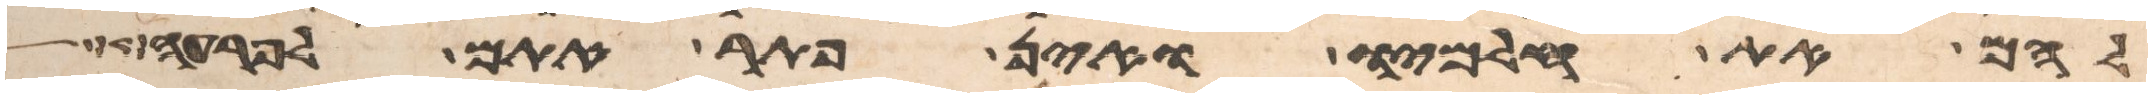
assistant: להם את חלמיו ואין פתר אתם לפרעה